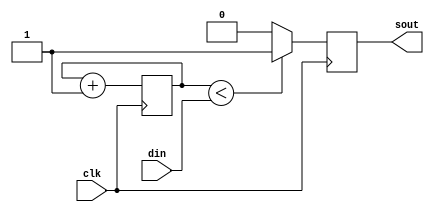
`timescale 1ns/1ps


module pwm(
	input clk,
	input [7:0] din,
	output reg sout
);
	reg [7:0] counter;

	always @(posedge clk)begin
		if(counter < din)begin
			sout <= 1;
		end
		else 
			sout <=0;

		counter = counter + 1;
	end
endmodule